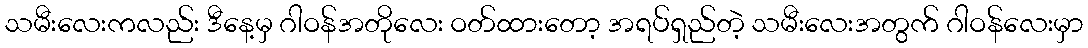
သမီးလေးကလည်း ဒီနေ့မှ ဂါဝန်အတိုလေး ဝတ်ထားတော့ အရပ်ရှည်တဲ့ သမီးလေးအတွက် ဂါဝန်လေးမှာ